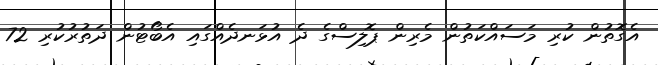
އެގޮތުން ކުރި މަސައްކަތުން މެރިން ޕޮލިސްގެ ދެ އުޅަނދެއްގައި އެބޯޓުން ދަތުރުކުރި 72